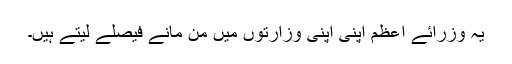
یہ وزرائے اعظم اپنی اپنی وزارتوں میں من مانے فیصلے لیتے ہیں۔